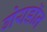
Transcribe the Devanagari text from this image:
गेयडॉन